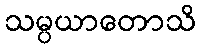
သမ္ပယာတောသိ